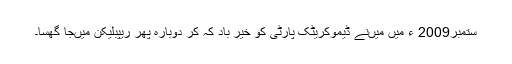
ستمبر2009 ء میں میںنے ڈیموکریٹک پارٹی کو خیر باد کہ کر دوبارہ پھر ریپبلیکن میںجا گھسا۔